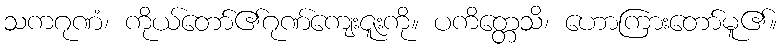
သကဂုဏံ၊ ကိုယ်တော်၏ဂုဏ်ကျေးဇူးကို။ ပကိတ္တေသိ၊ ဟောကြားတော်မူ၏။